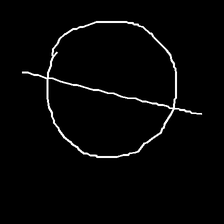
Glyph: orb